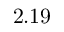
2 . 1 9